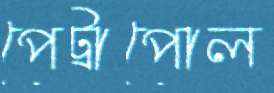
পেট্রাপোল